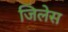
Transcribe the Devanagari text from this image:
जिलेस